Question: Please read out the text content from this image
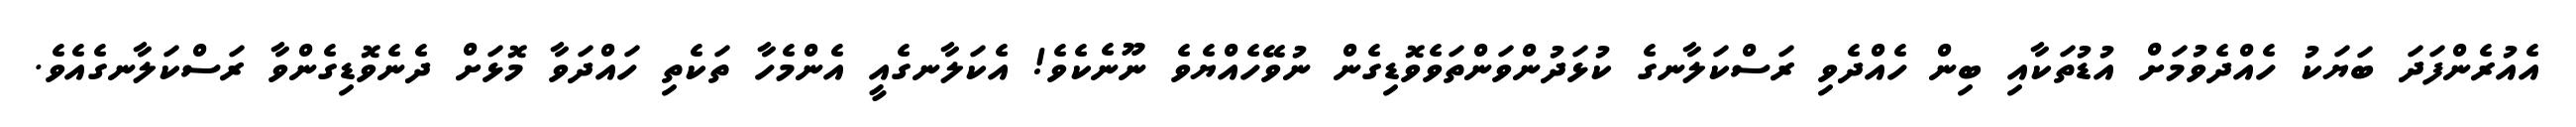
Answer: އެއުރެންފަދަ ބަޔަކު ހެއްދެވުމަށް އުޑުތަކާއި ބިން ހެއްދެވި ރަސްކަލާނގެ ކުޅަދުންވަންތަވެވޮޑިގެން ނުވޭހެއްޔެވެ ނޫނެކެވެ! އެކަލާނގެއީ އެންމެހާ ތަކެތި ހައްދަވާ މޮޅަށް ދެނެވޮޑިގެންވާ ރަސްކަލާނގެއެވެ.